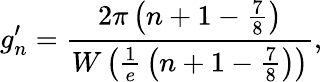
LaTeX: g_{n}^{\prime}={\frac{2\pi\left(n+1-{\frac{7}{8}}\right)}{W\left({\frac{1}{e}}\left(n+1-{\frac{7}{8}}\right)\right)}},